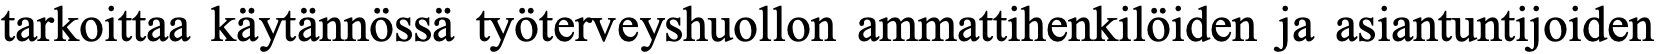
tarkoittaa käytännössä työterveyshuollon ammattihenkilöiden ja asiantuntijoiden